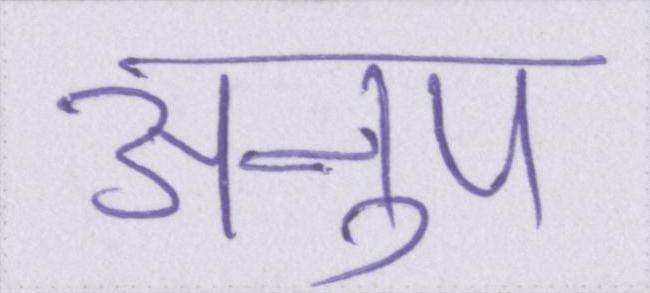
अनुप